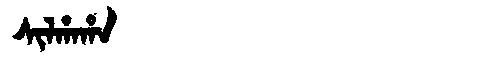
Manchu: ᠰᡳᠯᡥᠠᡥᠠ
Romanization: SILHAHA